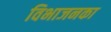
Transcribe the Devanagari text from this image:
विभाजनका